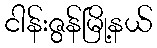
ငါန်းဇွန်မြို့နယ်